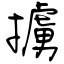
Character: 擄